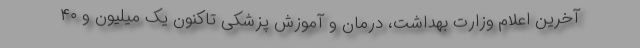
آخرین اعلام وزارت بهداشت، درمان و آموزش پزشکی تاکنون یک میلیون و ۴۰